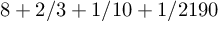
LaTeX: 8 + 2 / 3 + 1 / 1 0 + 1 / 2 1 9 0